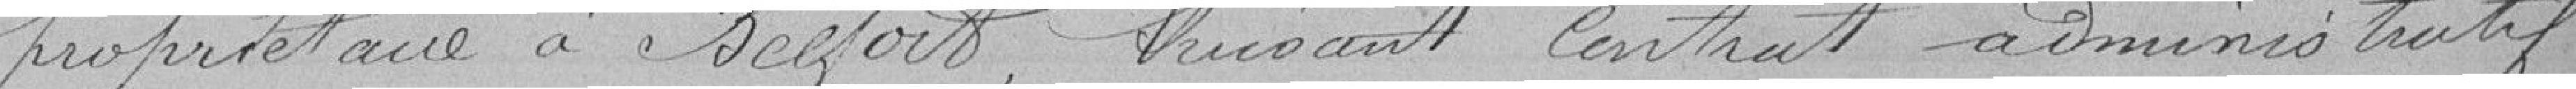
propriétaire à Belfort, Suivant contrat administratif